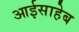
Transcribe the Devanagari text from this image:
आईसाहेब